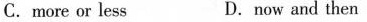
C. more or less D.now and then